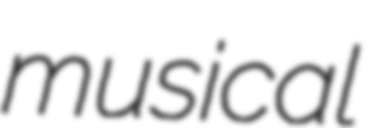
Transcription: musical